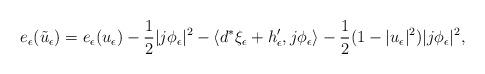
LaTeX: \begin{align*}e_{\epsilon}(\tilde{u}_{\epsilon})=e_{\epsilon}(u_{\epsilon})-\frac{1}{2}|j\phi_{\epsilon}|^2-\langle d^*\xi_{\epsilon}+h_{\epsilon}',j\phi_{\epsilon}\rangle-\frac{1}{2}(1-|u_{\epsilon}|^2)|j\phi_{\epsilon}|^2,\end{align*}